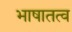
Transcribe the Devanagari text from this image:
भाषातत्व